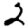
Digit: 2